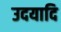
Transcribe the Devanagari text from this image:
उदयादि